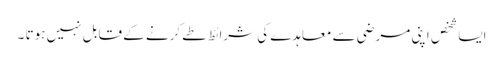
ایسا شخص اپنی مرضی سے معاہدے کی شرائط طے کرنے کے قابل نہیں ہوتا ۔